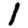
Digit: 1